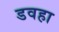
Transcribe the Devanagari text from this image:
डवहा